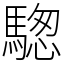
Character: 騘